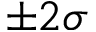
\pm 2 \sigma